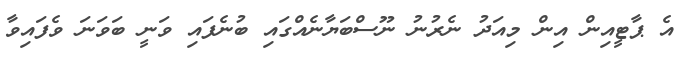
އެ ޕާޓީއިން އިން މިއަދު ނެރުނު ނޫސްބަޔާނެއްގައި ބުނެފައި ވަނީ ބަވަނަ ވެފައިވާ